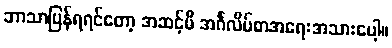
ဘာသာပြန်ရရင်တော့ အဆင့်မီ အင်္ဂလိပ်စာအရေးအသားပေါ့။